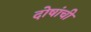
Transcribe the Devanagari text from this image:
दोषांची